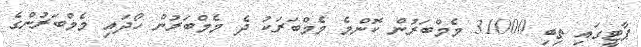
ޕާޓީގައި ތިބި 31000 މެމްބަރުން ކޮންމެ މެމްބަރަކު ދެ މެމްބަރުން ހޯދައި މެމްބަރުންގެ